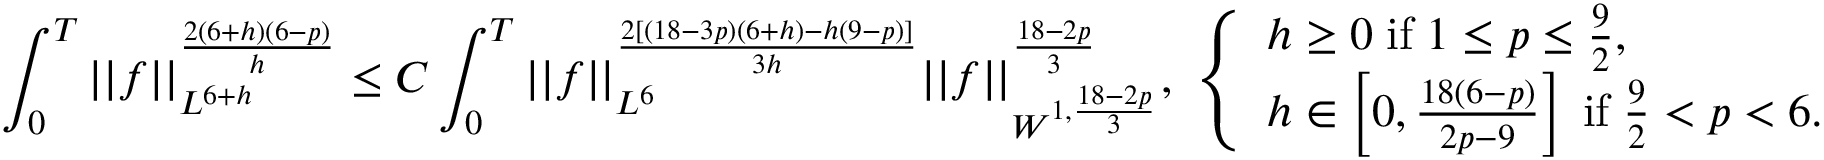
\int _ { 0 } ^ { T } | | f | | _ { L ^ { 6 + h } } ^ { \frac { 2 ( 6 + h ) ( 6 - p ) } { h } } \leq C \int _ { 0 } ^ { T } | | f | | _ { L ^ { 6 } } ^ { \frac { 2 [ ( 1 8 - 3 p ) ( 6 + h ) - h ( 9 - p ) ] } { 3 h } } | | f | | _ { W ^ { 1 , \frac { 1 8 - 2 p } { 3 } } } ^ { \frac { 1 8 - 2 p } { 3 } } , \; \left\{ \begin{array} { l l } { h \geq 0 \; \mathrm { i f } \; 1 \leq p \leq \frac { 9 } { 2 } , } \\ { h \in \left[ 0 , \frac { 1 8 ( 6 - p ) } { 2 p - 9 } \right] \; \mathrm { i f } \; \frac { 9 } { 2 } < p < 6 . } \end{array} \right.